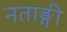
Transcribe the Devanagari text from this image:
नताङ्गी